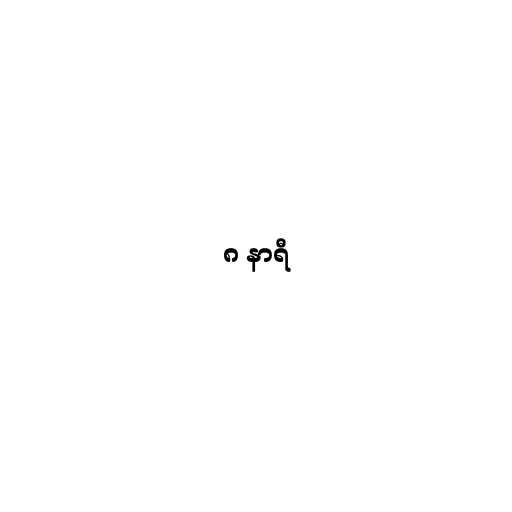
၈ နာရီ